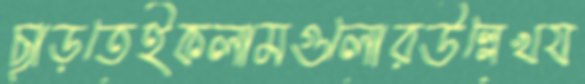
ছাড়তেইকলামগুলোরউল্লেখয